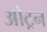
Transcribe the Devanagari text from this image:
ओट्रन